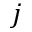
j